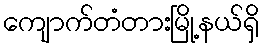
ကျောက်တံတားမြို့နယ်ရှိ